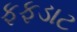
ફફડાટ